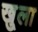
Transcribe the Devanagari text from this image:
खु्ला